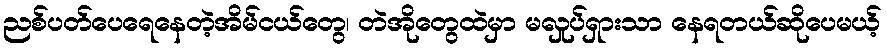
ညစ်ပတ်ပေရေနေတဲ့အိမ်ငယ်တွေ၊ တဲအိုတွေထဲမှာ မလှုပ်ရှားသာ နေရတယ်ဆိုပေမယ့်